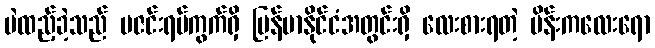
မဲထည့်ခဲ့သည် မဇင်းရပ်ကွက်ရှိ မြန်မာနိုင်ငံအတွင်းရှိ လေးစားရတဲ့ မိန်းကလေးရော